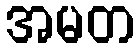
အမတ